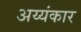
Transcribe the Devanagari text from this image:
अय्यंकार